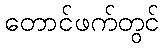
တောင်ဖက်တွင်